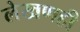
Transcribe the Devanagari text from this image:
लेखणही